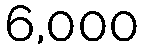
6,000